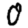
Digit: 0